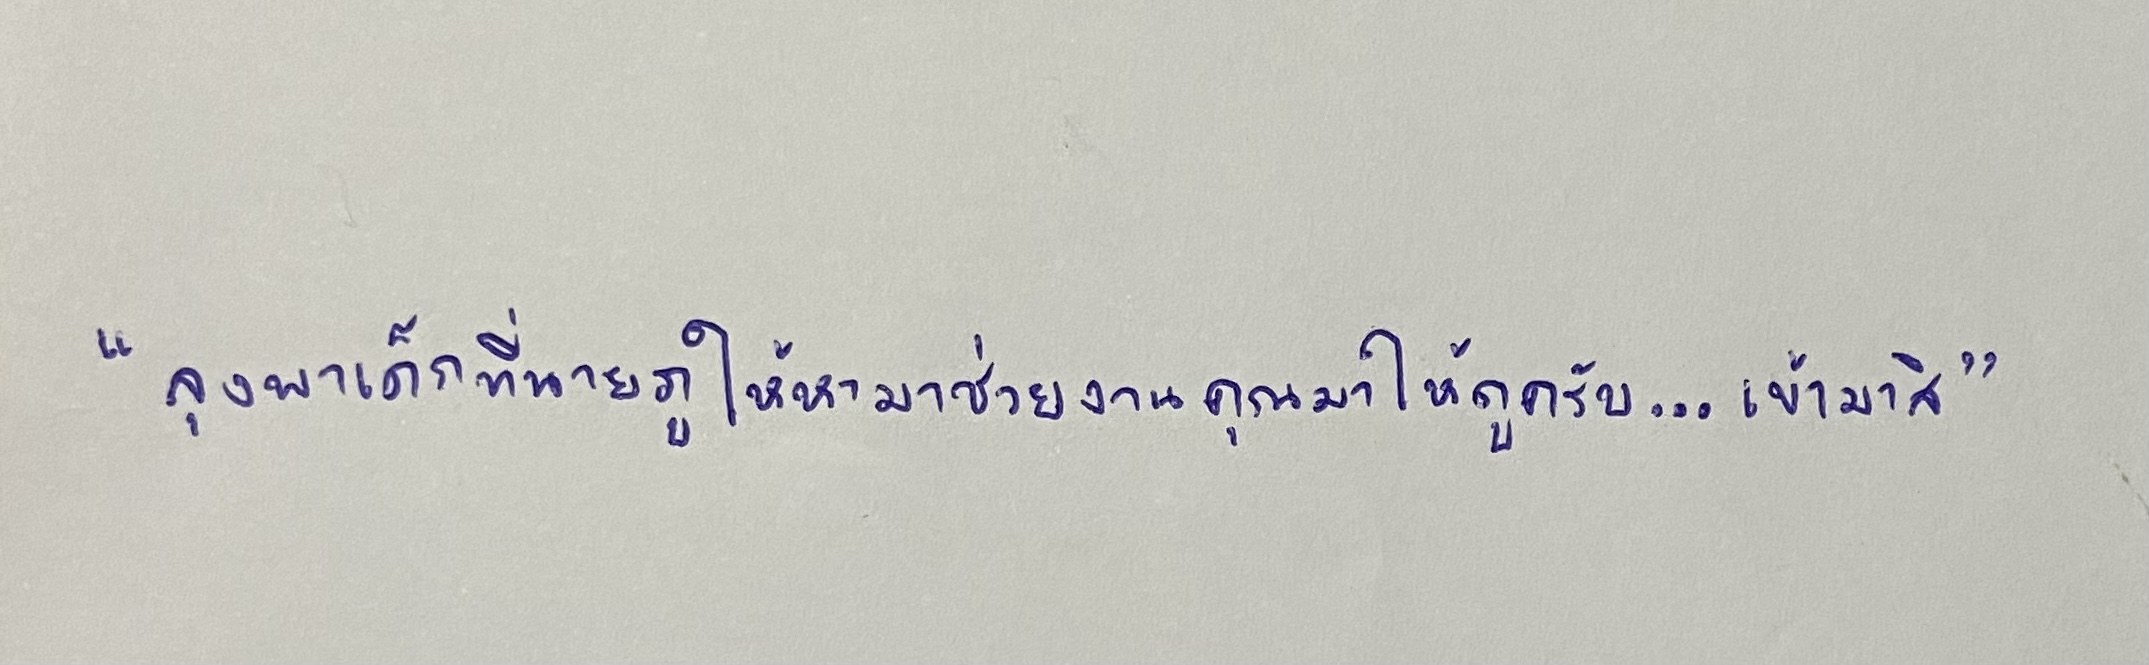
"ลุงพาเด็กที่นายภูให้หามาช่วยงานคุณมาให้ดูครับ...เข้ามาสิ"